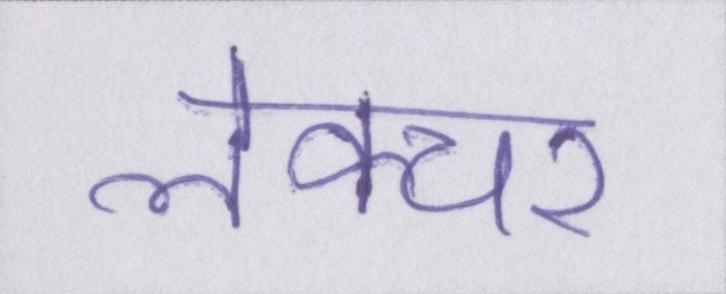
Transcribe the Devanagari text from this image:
लेक्चर